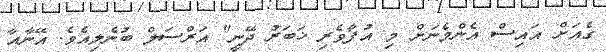
ގެއަށް އައިސް އެންމެނަށް މި އުފާވެރި ޚަބަރު ދޭނީ" އަރްސަލް ބުނެލިއެވެ. އޭނާއާ